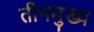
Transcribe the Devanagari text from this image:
तीनमुख्य